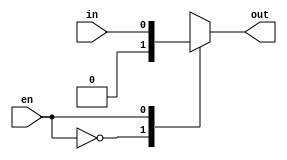
module TC_Switch(en, in, out);
    parameter UUID = 0;
    parameter NAME = "";
    parameter BIT_WIDTH = 1;
    input en;
    input [BIT_WIDTH-1:0] in;
    output [BIT_WIDTH-1:0] out;
    reg [BIT_WIDTH-1:0] outval;
    
    always @ (en or in) begin
        case(en)
        1'b0 : outval = {BIT_WIDTH{1'b0}};
        1'b1 : outval = in;
        endcase
    end
    assign out = outval;
endmodule